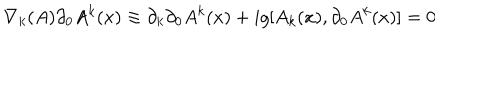
\nabla _ { k } ( A ) { \partial _ { 0 } A ^ { k } } ( x ) \equiv \partial _ { k } \partial _ { 0 } A ^ { k } ( x ) + i g [ A _ { k } ( x ) , \partial _ { 0 } A ^ { k } ( x ) ] = 0